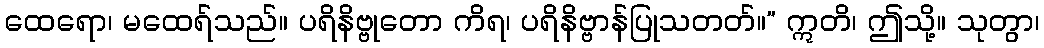
ထေရော၊ မထေရ်သည်။ ပရိနိဗ္ဗုတော ကိရ၊ ပရိနိဗ္ဗာန်ပြုသတတ်။” ဣတိ၊ ဤသို့။ သုတွာ၊